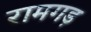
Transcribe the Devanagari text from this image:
रामगड़